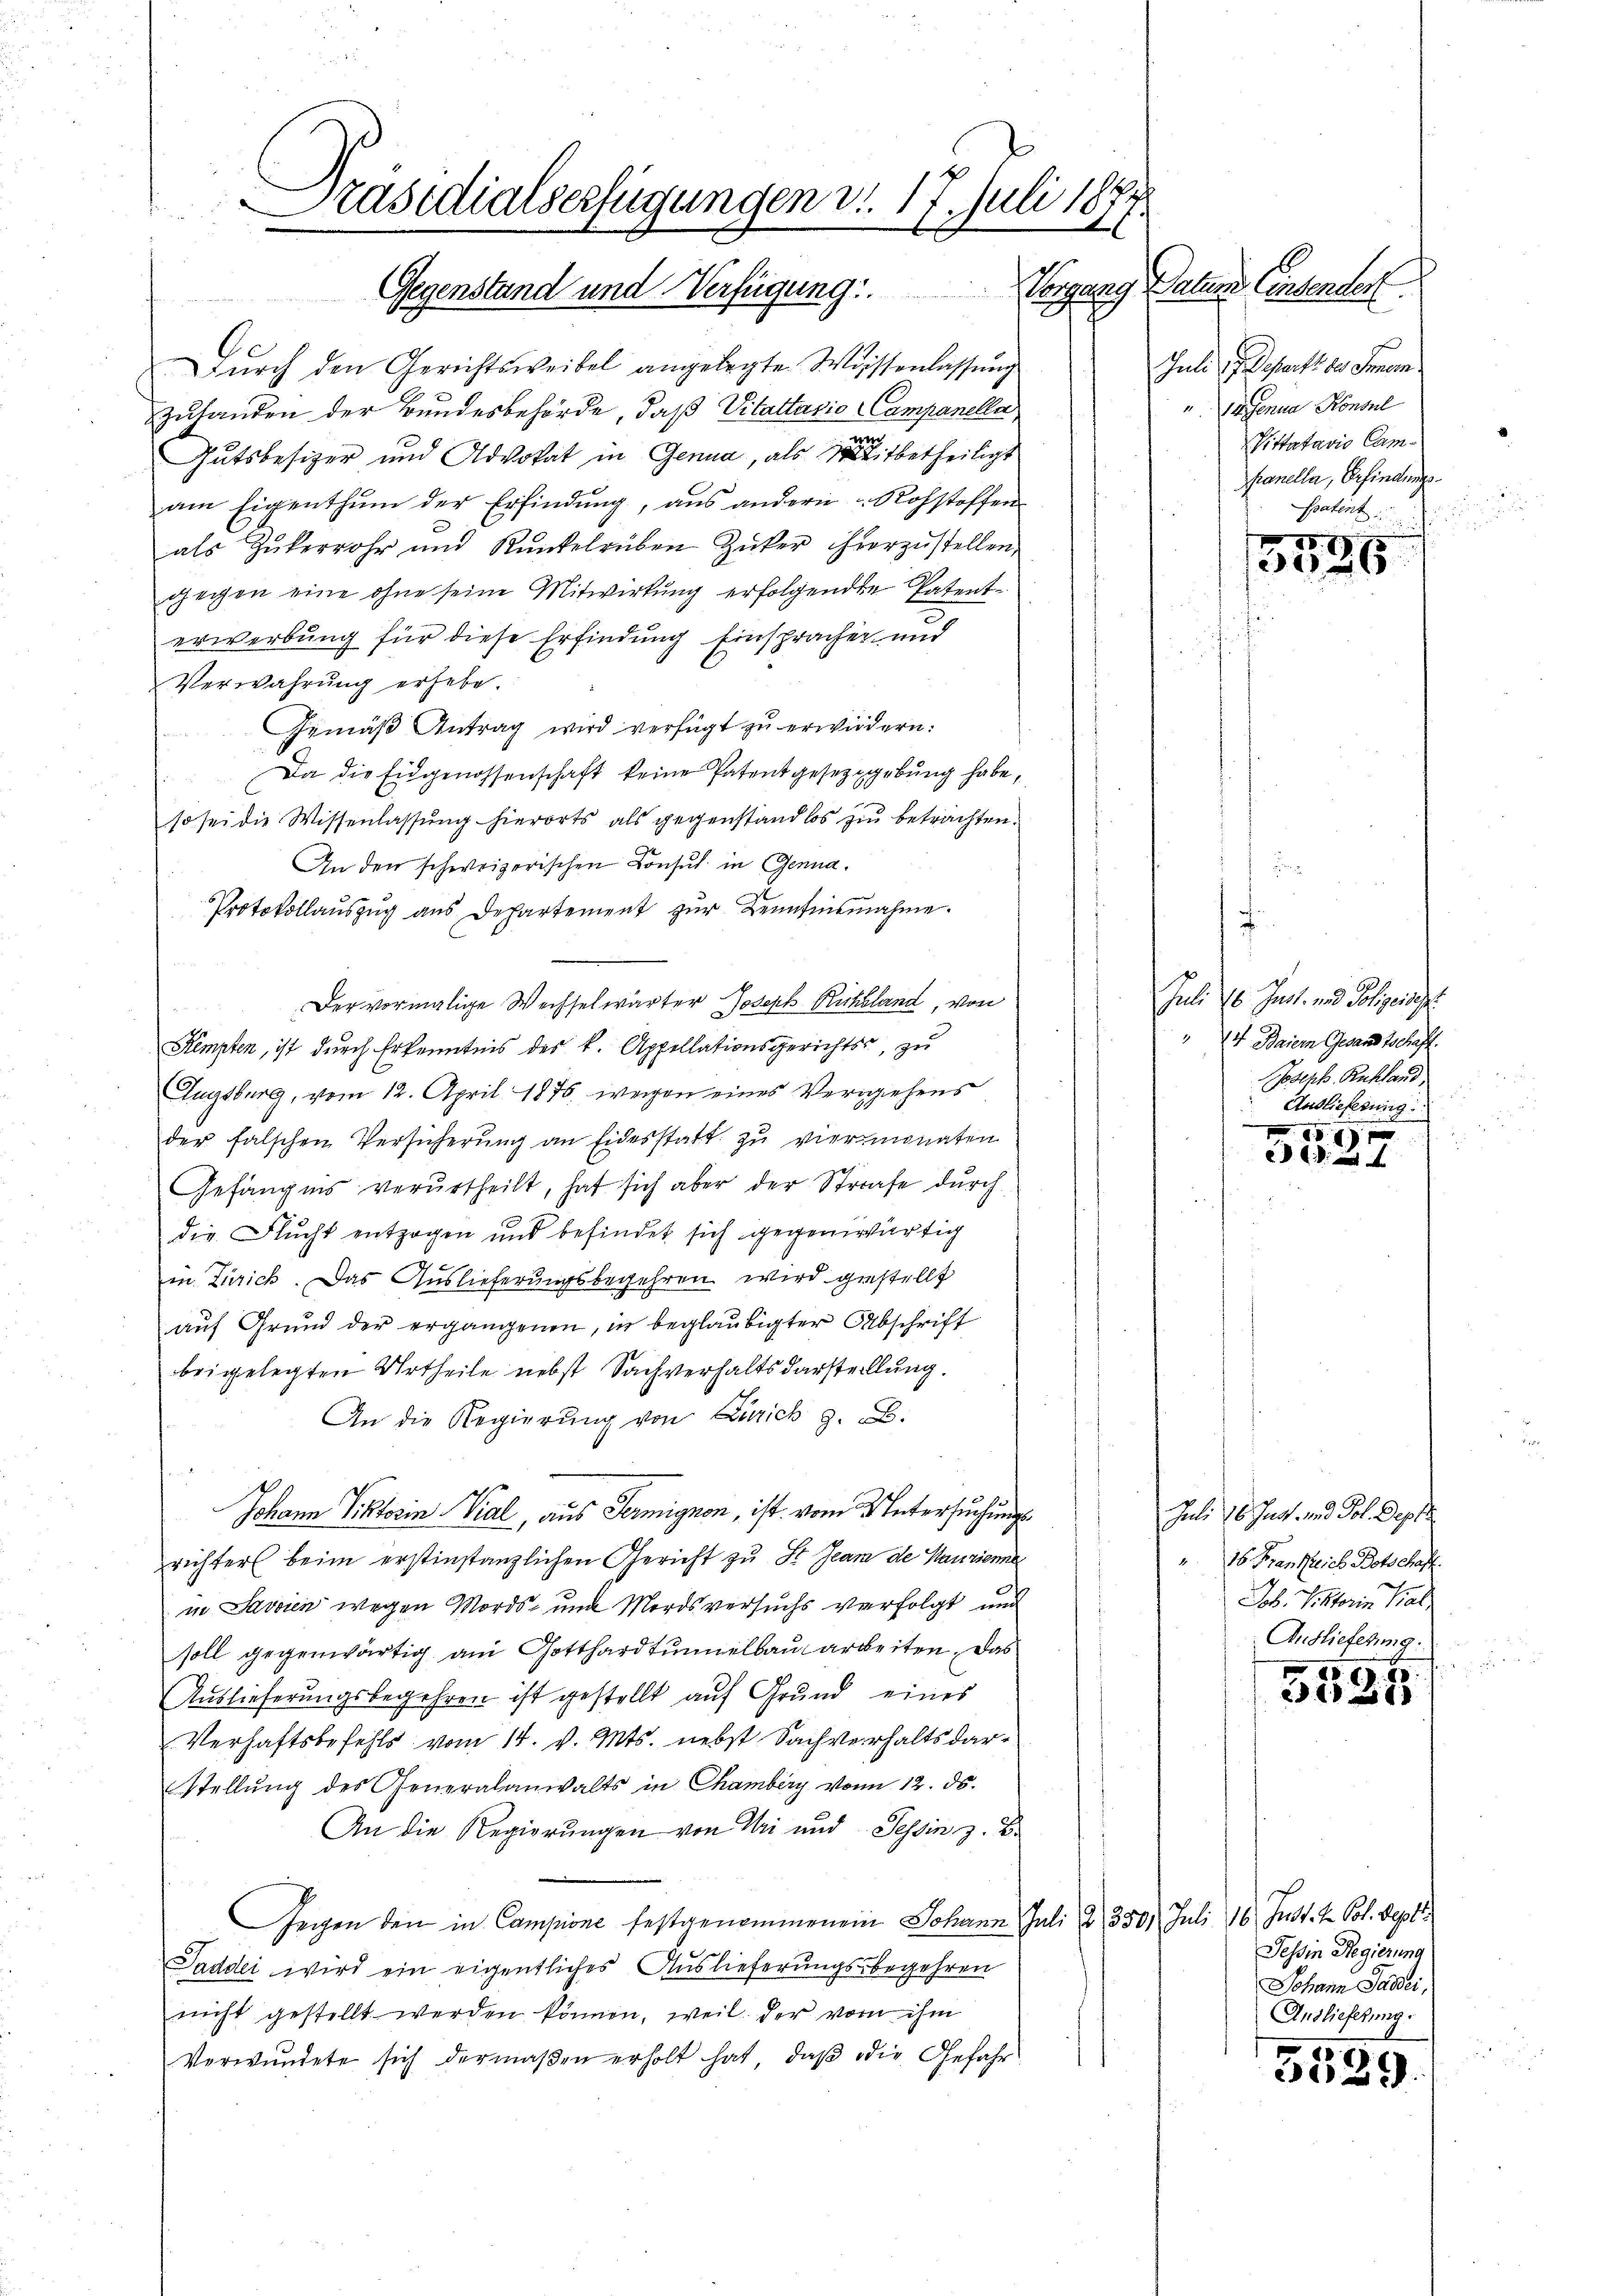
Dŭrch den Gerichtsweibel angelegte Wissenlassŭng
zulanden der Bundesbehörde, daß Vitattasio Campanella
22
Gutsbesizer und Advokat in Genua, als Mitbetheiligt
am Eigenthum der Erfindung, aus andern Rohstoffen
als Zŭkerrohr und Kunkelrüben Zuker hierzŭstellen,
gegen eine ohne seine Mitwirkung erfolgenden Patent
erwerbung für diese Erfindung Einspracher und
Verwahrung erhebe.
Gemäβ Antrag wird verfügt zu erwiedern:
Da die Eidgenossenschaft keine Patentgesetzgebung habe,
so sei die Wissenlassung hierorts als gegenstand los zu betrachten.
An den schweizerischen Consul in Genua¬
Protokollauszug aus Departement zur Kenntnisnahme
Der vormalige Wechselwärter Joseph Richtland, von
Kempten, ist durch Erkenntnis des k. Appellationsgerichts, zu
Augsburg, vom 12. April 1875 wegen eines Vergehens
der falschen Versicherung an Eidesstatt zu viermonaten
Gefängnis verurtheilt, hat sich aber der Strafe durch
die Flucht entzogen und befindet sich gegenwärtig
in Zürich. Das Auslieferungsbegehren wird gestellt
auf Grund der ergangenen, in beglaubigter Abschrift
beigelegten Urtheile nebst Sachverhaltsdarstellung.
An die Regierung von Zürich z. B.
Johann Viktorin Vial, aus Termignon, ist vom Untersuchungsrichter beim erstinstanzlichen Gericht zu St. Jean de Maurienne
in Savoren wegen Mords- und Mordsversuchs verfolgt und
soll gegenwärtig am Gotthardtunnelbauarbeiten. Das
Auslieferungsbegehren ist gestellt auf Grund eines
Verhaftsbefehls vom 14. v. Mts. nebst Sachverhalts dar¬
Stellung des Generalanwalts in Chamberg von 12. ds.
An die Regierungen von Uri und Tessin z. B.
Gegen den in Campione festgenommenen Johann Juli & 350. Juli 16. Just. 1. Pol. Sept.
Saddei wird ein eigentliches Auslieferungsbegehren
nicht gestellt werden können, weil der von ihm
Verwundete sich dermaßen erholt hat, daß die Gefahr

Präsidialserfügungen v. 17. Juli 1871
Salins Einsender
Gegenstand und Verfügung: Vorgang

Juli 2 Departt des Immer
 Vasenua Konsul
Pittatario Camanella, Erfindungs¬
Patent

25.
3026

Juli 16. Just, und Polizeidigt
4 Baiern Gesandtschafft.
Posenk. Rukland
Auslieferung

51 x
e

Juli 16. Jun. und Tol. Septe
" 16. Frankreich Botschaft.
Job. Viktorin Bal
Auslieferung.

26)
1018

Tessin Regierung
Johann Saddei,
Auslieferung.

5529.